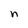
Character: n